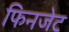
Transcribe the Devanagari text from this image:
फिनजेट